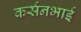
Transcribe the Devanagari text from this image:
कर्सनभाई